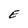
Character: E